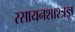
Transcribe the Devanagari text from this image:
रसायनशाश्त्रज्ञ